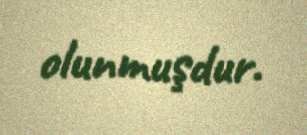
olunmuşdur.